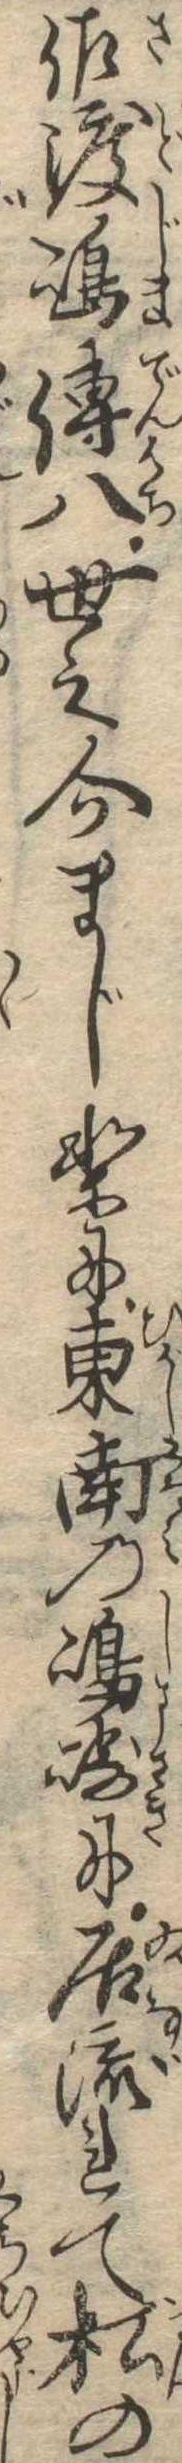
佐渡島伝八世之介まじりに東南の島崎に居流れて松の